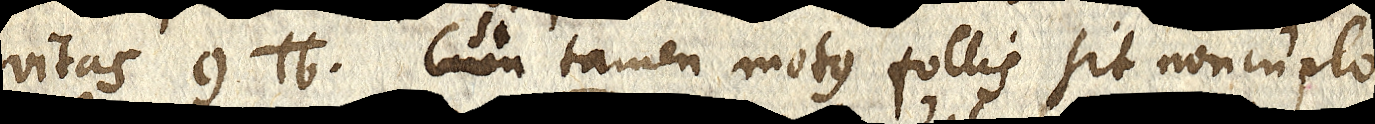
vitas 9 ℔. Cum tamen motusfollis sit noncuplo